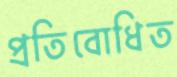
প্রতিবোধিত